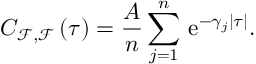
C _ { \mathcal { F } , \mathcal { F } } \left( \tau \right) = \frac { A } { n } \sum _ { j = 1 } ^ { n } \, \mathrm { e } ^ { - \gamma _ { j } \left| \tau \right| } .